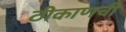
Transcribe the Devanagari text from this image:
ठीकाणची